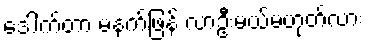
ဒေါက်တာ မနက်ဖြန် လာဦးမယ်မဟုတ်လား